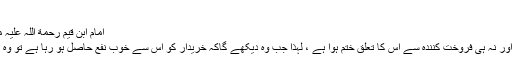
”
امام ابن قیم رحمة اللہ علیہ ممانعت کی وجوہ پر روشنی ڈالتے ہو ئے فرماتے ہیں :
”ممانعت کی وجہ یہ ہے کہ نہ تو قبضہ مکمل ہوا ہے اور نہ ہی فروخت کنندہ سے اس کا تعلق ختم ہوا ہے ، لہٰذا جب وہ دیکھے گاکہ خریدار کو اس سے خوب نفع حاصل ہو رہا ہے تو وہ معاملہ فسخ کرنے اور قبضہ نہ دینے کاسوچ سکتا ہے۔